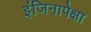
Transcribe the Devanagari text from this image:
इंजिनापेक्षा